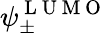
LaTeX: \psi_{\pm}^{\mathrm{~L~U~M~O~}}